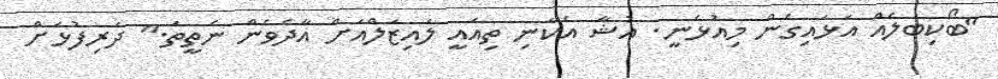
"ބޯކިބަލެއް އަޅައިގެން މިއުޅެނީ. އުޝާ އެކަނި ތިއައީ ލައިޒަލްއަށް އާދެވެން ނެތީތަ." ދަރިފުޅަށް